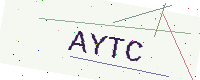
Text: AYTC